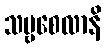
သဗ္ဗစေလာနိ